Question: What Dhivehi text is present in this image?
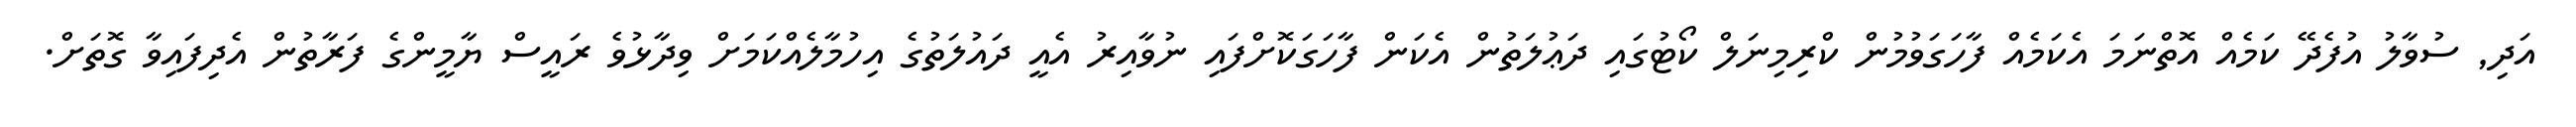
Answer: އަދި, ސުވާލު އުފެދޭ ކަމެއް އޮތްނަމަ އެކަމެއް ފާހަގަވުމުން ކްރިމިނަލް ކޯޓުގައި ދަޢުލަތުން އެކަން ފާހަގަކޮށްފައި ނުވާއިރު އެއީ ދައުލަތުގެ އިހުމާލެއްކަމަށް ވިދާޅުވެ ރައީސް ޔާމީންގެ ފަރާތުން އެދިފައިވާ ގޮތަށް.